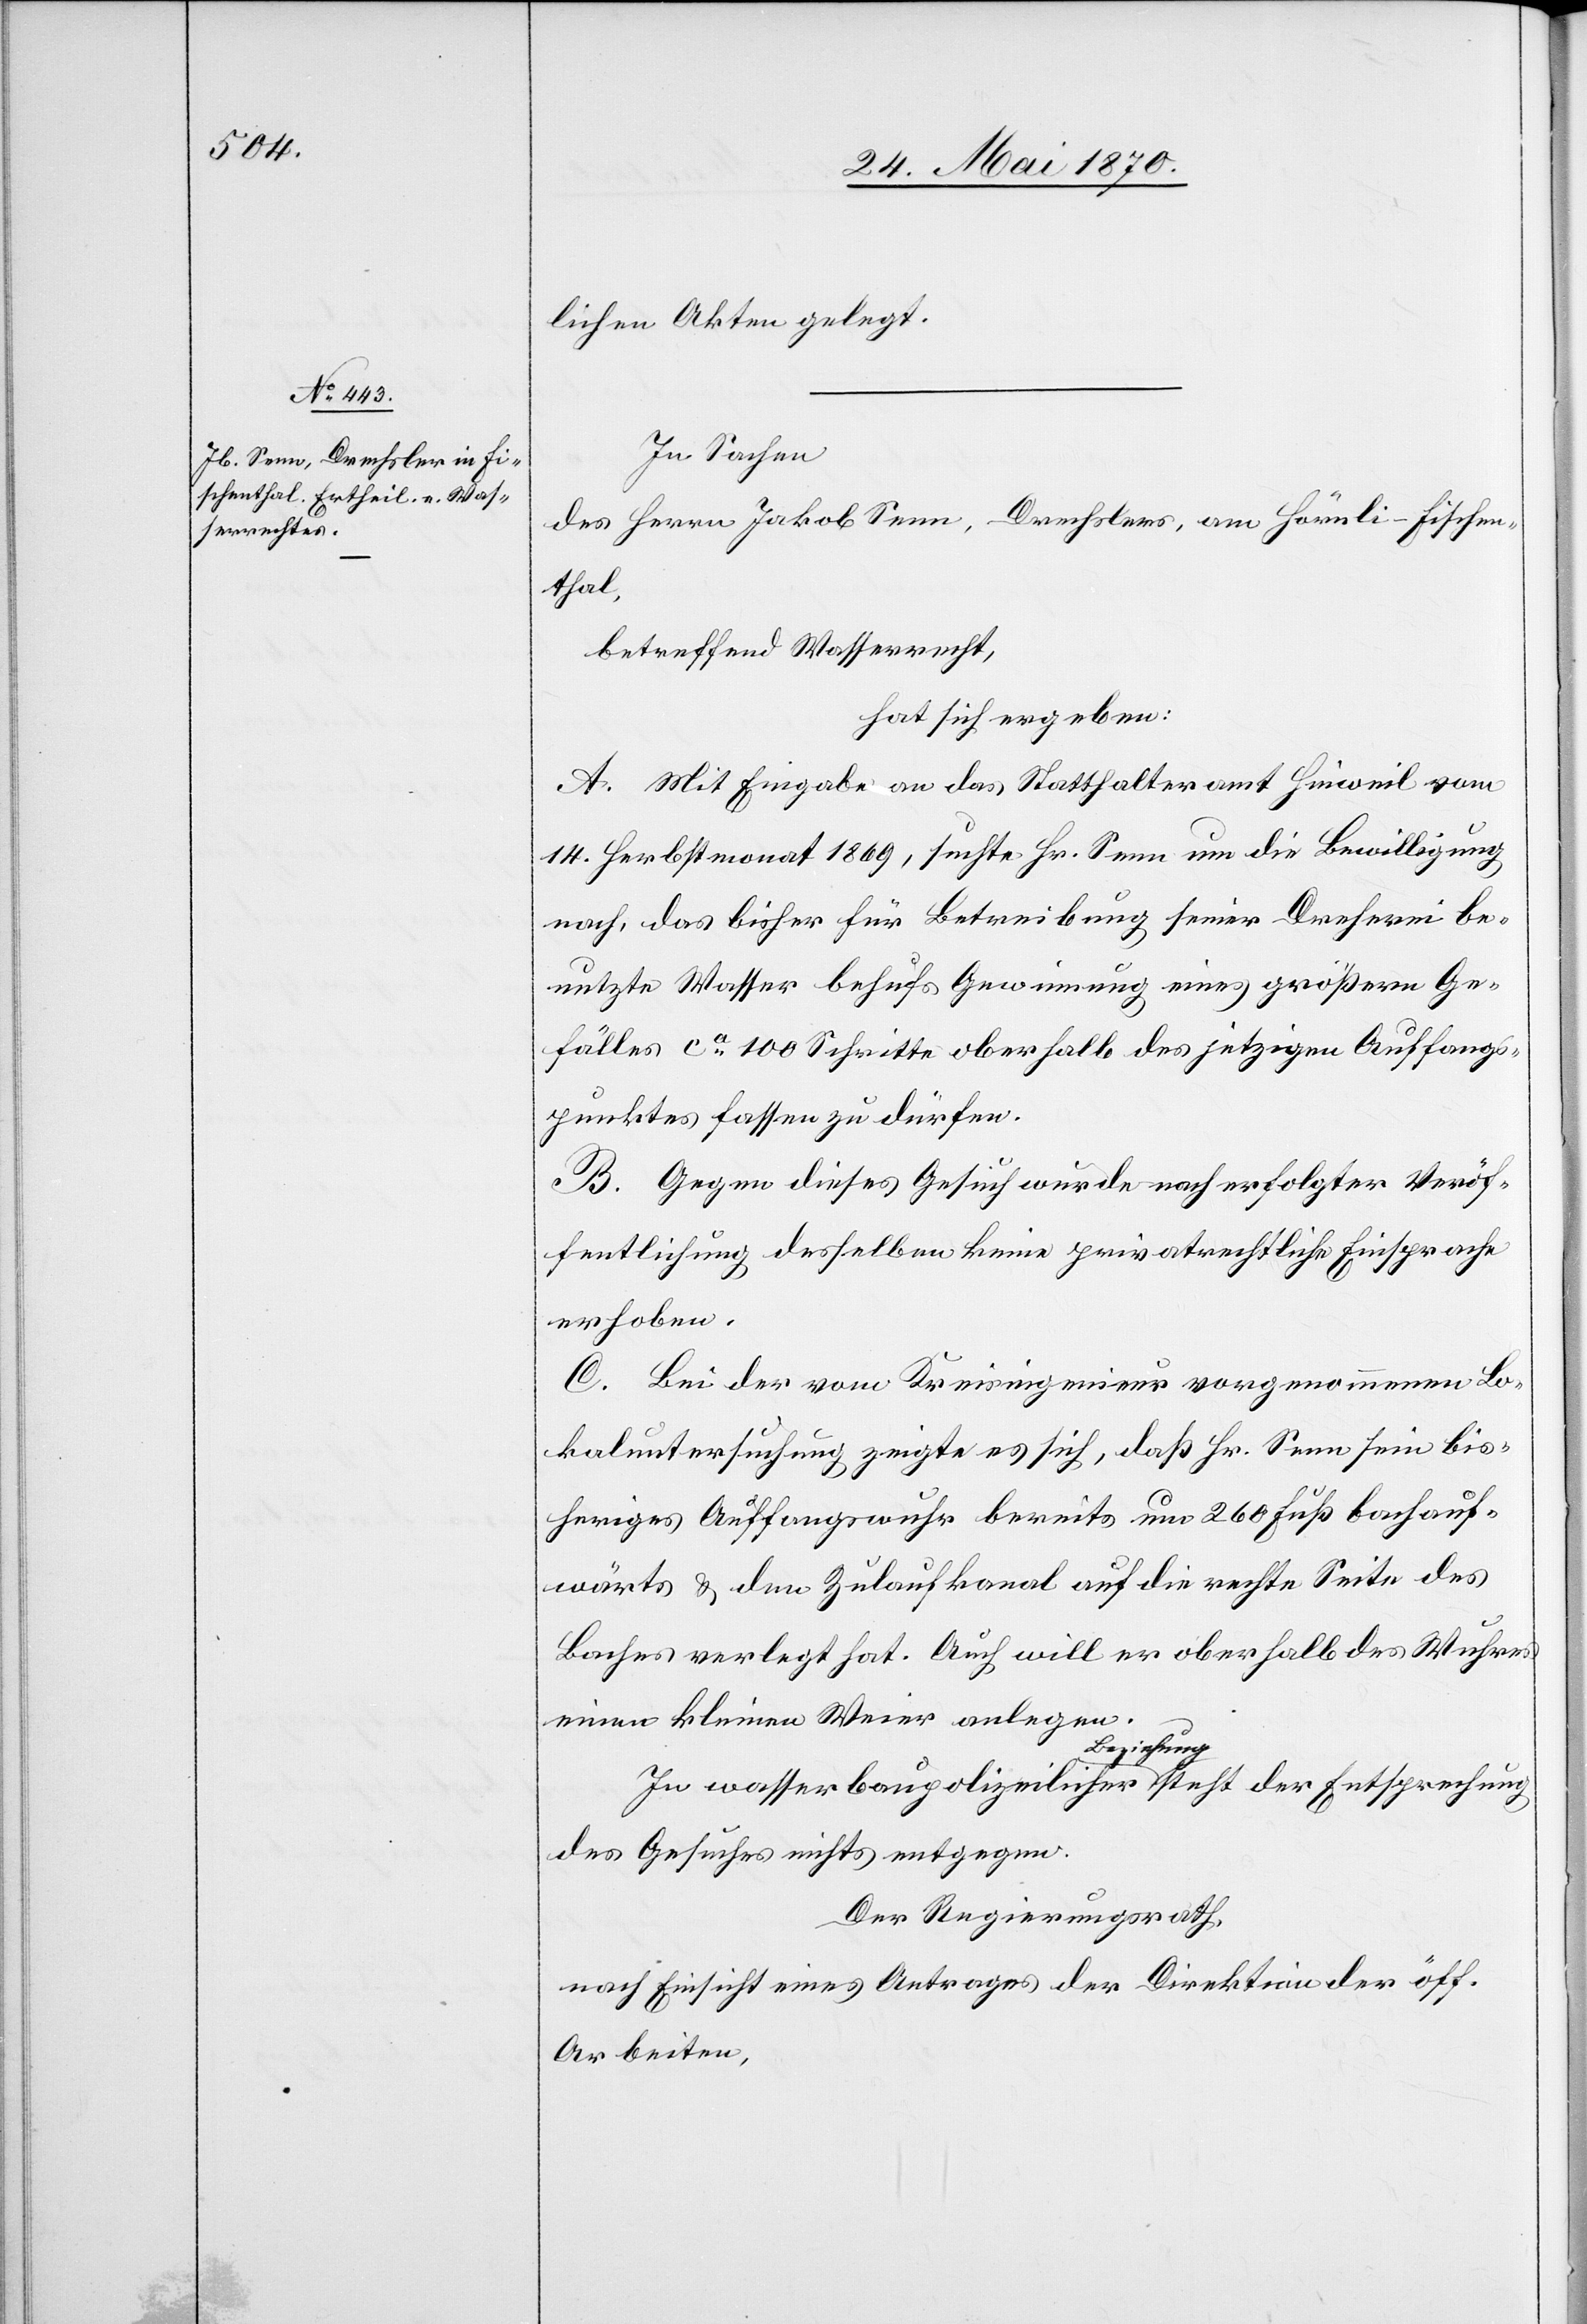
lichen Akten gelegt.
In Sachen
des Herrn Jakob Senn, Drechslers, am Hörnli - Fischen¬
thal,
betreffend Wasserrecht,
hat sich ergeben:
A. Mit Eingabe an das Statthalteramt Hinweil vom
14. Herbstmonat 1869, suchte Hr. Senn um die Bewilligung
nach, das bisher für Betreibung seiner Dreherei be¬
nutzte Wasser behufs Gewinnung eines größern Ge¬
fälles ca 100 Schritte oberhalb des jetzigen Auffang¬
punktes fassen zu dürfen.
B. Gegen dieses Gesuch wurde nach erfolgter Veröf¬
fentlichung desselben keine privatrechtliche Einsprache
erhoben.
C. Bei der vom Kreisingenieur vorgenommenen Lo¬
kaluntersuchung zeigte es sich, daß Hr. Senn sein bis¬
heriges Auffangswuhr bereits um 260 Fuß bachauf¬
wärts & den Zulaufkanal auf die rechte Seite des
Baches verlegt hat. Auch will er oberhalb des Wuhres
einen kleinen Weier anlegen.
In wasserbaupolizeilicher a-Beziehung-a steht der Entsprechung
des Gesuches nichts entgegen.
Der Regierungsrath,
nach Einsicht eines Antrages der Direktion der öff.
Arbeiten,